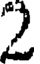
2